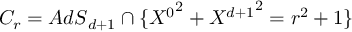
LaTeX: C _ { r } = { A d S } _ { d + 1 } \cap \{ { X ^ { 0 } } ^ { 2 } + { X ^ { d + 1 } } ^ { 2 } = r ^ { 2 } + 1 \}